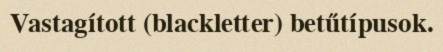
Vastagított (blackletter) betűtípusok.